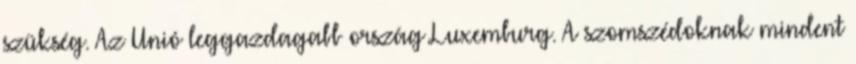
szükség. Az Unió leggazdagabb ország Luxemburg. A szomszédoknak mindent